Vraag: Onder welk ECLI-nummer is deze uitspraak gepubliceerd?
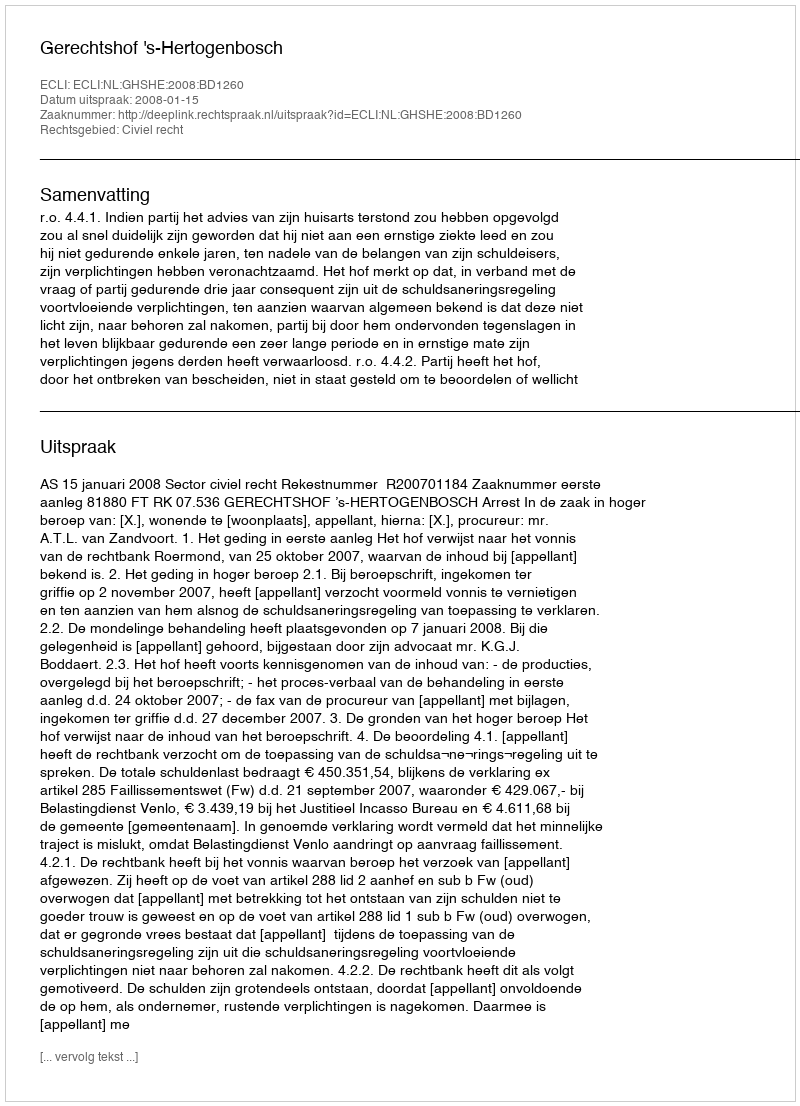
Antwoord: ECLI:NL:GHSHE:2008:BD1260